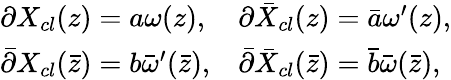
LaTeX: \begin{array}{ll}{{\partial X_{cl}(z)=a\omega(z),}}&{{\partial\bar{X}_{cl}(z)=\bar{a}\omega^{\prime}(z),}}\\ {{\bar{\partial}X_{cl}(\bar{z})=b\bar{\omega}^{\prime}(\bar{z}),}}&{{\bar{\partial}\bar{X}_{cl}(\bar{z})=\bar{b}\bar{\omega}(\bar{z}),}}\end{array}